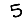
Digit: 5